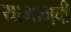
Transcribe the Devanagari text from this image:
यागामुची